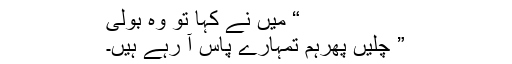
“ میں نے کہا تو وہ بولی
” چلیں پھرہم تمہارے پاس آ رہے ہیں۔